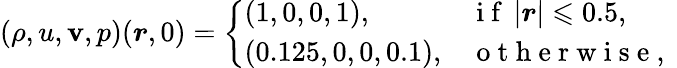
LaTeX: (\rho,u,\mathbf{v},p)(\boldsymbol{r},0)=\left\{ \begin{array}{ll}{\left(1,0,0,1\right),}&{\mathrm{~i~f~}\left|\boldsymbol{r}\right|\leqslant 0.5,}\\ {\left(0.125,0,0,0.1\right),}&{\mathrm{~o~t~h~e~r~w~i~s~e~,~}}\end{array}\right.